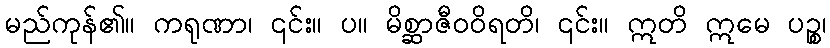
မည်ကုန်၏။ ကရုဏာ၊ ၎င်း။ ပ။ မိစ္ဆာဇီဝဝိရတိ၊ ၎င်း။ ဣတိ ဣမေ ပဉ္စ၊